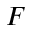
F